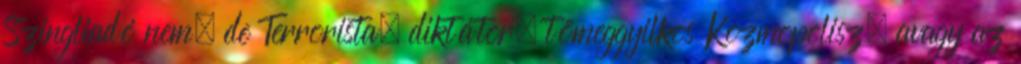
Szingliadó nem, de Terrorista, diktátor, tömeggyilkos Kozmopolisz, avagy az